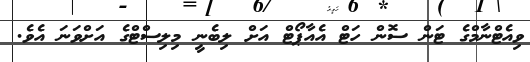
ވިއެޓްނާމްގެ ޓަން ސޮން ހަޓް އެއާޕޯޓް އަށް ލިބެނީ މިލިސްޓްގެ އަށްވަނަ އެވެ.